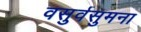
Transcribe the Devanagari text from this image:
वसुर्वसुमना